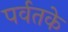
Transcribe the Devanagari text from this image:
पर्वतके